Calcutta medical institutions reports 1892-1900
Year: 1892
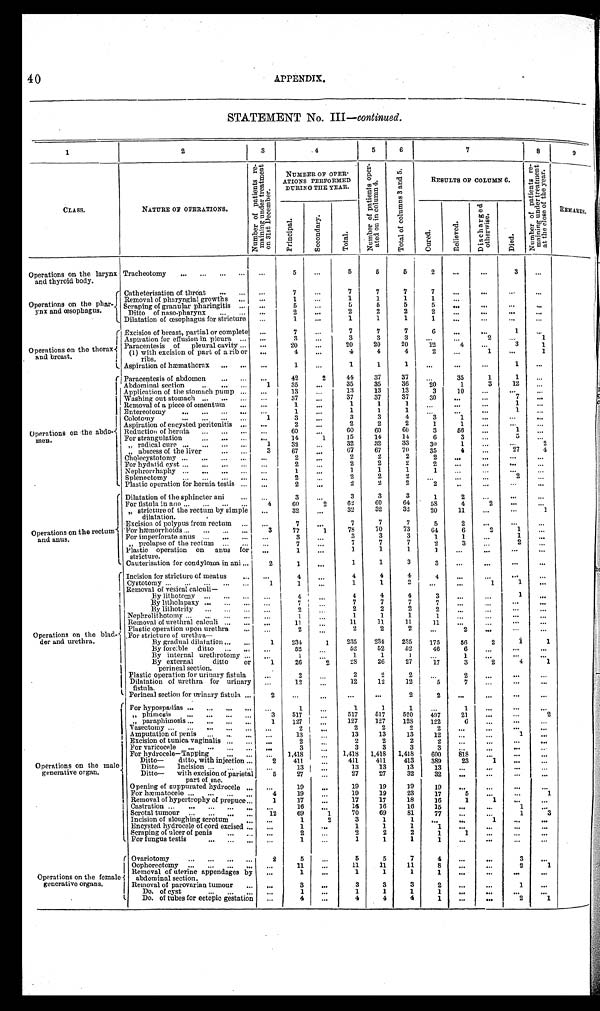
4 0
APPENDIX.
STATEMENT No. III —continued.
1
2
3
4
5
6
7
8
9
CLASS.
NATURE OF OPERATIONS.
N u m b e r o f p a t i e n t s r e - m a i n i n g u n d e r t r e a t m e n t o n 3 1 s t D e c e m b e r .
NUMBER OF OPER-
ATIONS PERFORMED
DURING THE YEAR.
N u m b e r o f p a t i e n t s o p e r - a t e d o n i n c o l u m n 4 .
T o t a l o f c o l u m n s 3 a n d 5 .
RESULTS OF COLUMN 6.
N u m b e r o f p a t i e n t s r e - m a i n i n g u n d e r t r e a t m e n t a t t h e c l o s e o f t h e y e a r .
R E M A R K S .
P r i n c i p a l .
S e c o n d a r y .
T o t a l .
C u r e d .
R e l i e v e d .
D i s c h a r g e d o t h e r w i s e .
D i e d .
Operations on the larynx
and thyroid body.
Tracheotomy
...
5
...
5
5
5
2
...
...
3
...
Operations on the phar.
ynx and œsophagus.
Catheterisation of throat
...
7
...
' 7
7
7
7
...
...
... ...
Removal of pharyngial growths
...
1
...
1
1
1
1
... ... ... ...
Scraping of granular pharingitis
...
5
...
5
5
5
5
... ... ... ...
Ditto of naso-pharynx
...
2
...
2
2
2
2
...
...
...
...
Dilatation of œsophagus for stricture
...
1
...
1
1
1
1
... ... ... ...
O p e r a t i o n s o n t h e t h o r a x
and breast.
Excision of breast, partial or complete
...
7
...
7
7
7
6
... ...
1
...
Aspiration for effusion in pleura
...
3
...
3
3
3
...
...
2
...
1
Paracentesis of pleural cavity
...
20
...
20
20
20
12
4
...
3
1
(1) with excision of part of a rib or
ribs.
...
4
...
4
4
4
2
...
1
...
1
Aspiration of hæmathorax
...
1
...
1
1
1
... ... ...
1
...
Operations on the abdo-men.
Paracentesis of abdomen
...
42
2
44
37
37
...
35
1
1
...
Abdominal section
1
35
...
35
35
36
20
1
3
12
...
Application of the stomach pump
...
13
...
13
13
13
3
10
... ... ...
Washing out stomach
...
37
...
37
37
37
30
...
...
7
...
Removal of a piece of omentum
...
1
...
1
1
1
... ... ...
1
...
Entereotomy
...
1
...
1
1
1
... ... ...
1
...
Colotomy
1
3
...
3
3
4
3
1
... ... ...
Aspiration of encysted peritonitis
...
2
...
2
2
2
1
1
...
Reduction of hernia
...
60
60
60
60
3
56
...
1
...
For strangulation
...
14
1
15
14
14
6
3
...
5
...
" radical cure
1
32
...
32
32
33
30
1
...
2
" abscess of the liver
3
67
...
6 7
67
70
35
4
...
27
4
Cholecystotomy
...
2
...
2
2
2
2
... ... ... ...
For hydatid cyst
...
2
...
2
2
2
...
.. .
...
Nephrorrhaphy
...
1
1
1
1
1
... ... ...
Splenectomy
...
2
2
2
2
...
...
2
Plastic operation for hernia testis
...
2
...
2
2
2
2
... ... ... ...
Operations on the rectum
and anus.
Dilatation of the sphincter ani
...
3
...
3
3
3
1
2
...
... ...
For fistula in ano
4
60
2
62
60
64
IS
4
2
... ...
" stricture of the rectum by simple
dilatation.
...
32
...
32
32
32
20
11
...
...
1
Excision of polypus from rectum
...
7
...
7
7
7
5
2
... ... ...
For hæmorrhoids
3
77
1
78
70
73
6 4
6
2
1
...
For imperforate anus
...
3
...
3
3
3
1
1
...
1
...
" prolapse of the rectum
...
7
...
7
7
7
2
3
...
2
...
Plastic operation on anus for,
stricture.
...
1
...
1
1
1 1
...
... ... ...
Cauterisation for condyloma in ani
2
1
...
1
1
3
3
...
... ... ...
Operations on the blad-
der and urethra.
Incision for stricture of meatus
...
4
...
4
4
4
3 . . .
...
1
...
Cystotomy
1
1
...
1
1
2
...
...
1
1
...
Removal of vesical calculi
—
By lithotomy
... I
4
...
4
4
4
3
... ...
1
...
By litholapaxy
...
7
...
7
7
7
... ... ... ...
By lithotrity
...
2
...
2
2
2
2
... ... ... ...
Nephrolithotomy
...
1
...
1
1
1
1
... ... ... ...
Removal of urethral calculi
...
11
...
11
11
11
11
... ... ... ...
Plastic operation upon urethra
...
2
...
2
2
2
...
2
...
...
...
For stricture of urethra
—
By gradual dilatation
...1
234
1
235
234
235
175
56
2 1
1
By forcible ditto
...
52
...
52
52
b2
46
6
... ... ...
By internal urethrotomy
...
1
...
1
1
1
...
1
... ... ...
By external ditto or
perineal section.
1
26
2
28
26
27
17
3
2
4
1
Plastic operation for urinary fistula
...
2
...
2
2
2
. . .
2
...
...
...
Dilatation of urethra for urinary
fistula.
...
12
...
12
12
12
5
7
...
...
...
Perineal section for urinary fistula
2
...
...
...
...
2
2
...
... ... ...
Operations on the male
generative organ.
For hypospadias
...
1
...
1
1
1
...
1
...
... ...
For phimosis
3
517
...
517
517
520
4 9 7
21
... ...
2
F o r p a r a p h i m o s i s
1
12
127
127
128
122
6
... ... ...
Vasectomy
...
2
...
2
2
2
2
...
... ... ...
Amputation of penis
...
13
...
13
13
13
12
... ... ...
1
Excision of tunica vaginalis
...
2
...
2
2
2
2
...
...
... ...
For varicocele
...
3
...
3
3
3
3
... ... ...
...
For hydrocele—Tapping
1,418
...
1,418 1,418 1,418
600
8 1 8
... ... ...
Ditto—
ditto, with injection
2
411
...
411
411
413
389
23
1
... ...
Ditto— Incision
...
13 1
...
„
13
13
13
13
...
... ... ...
Ditto— with excision of parietal
part of sac.
5
2
...
27
27
32
32
...
...
... ...
Opening of suppurated hydrocele
...
19
...
19
19
19
19
... ... ... ...
For hæmatocele
4
19
19
19
23
17
5
... ...
1
Removal of hypertrophy of prepuce
1
17
...
17
17
18
16
1
1
... ...
Castration
...
16
...
16
16
16
15
...
...
1
...
Scrotal tumour
12
69
1
70
69
81
77
... ...
1
3 .
Incision of sloughing scrotum
...
1
2
3
1
1
... ...
1
... ...
Encysted hydrocele of cord excised
...
1
...
1
1
1
1
...
... ... ...
Scraping of ulcer of penis
...
...
2
2
2
1
1
... ... ...
For fungus testis
...
1
...
1
1
1
1
... ... ... ...
Operations on the female
generative organs.
Ovariotomy
2
5
...
5
5
7
4
... ...
3
...
Oophorectomy
...
11
...
11
11
11
8
...
...
2
1
Removal of uterine appendages by
abdominal section.
...
1
...
1
1
1
1
... ... ... ...
Removal of parovarian tumour
...
3
...
3
3
3
2
...
...
1
...
Do. of cyst
...
1
...
1
1
1
1
... ... ... ...
Do. of tubes for ectopic gestation
...
4
...
4
4
4
1
... ...
2
1